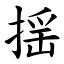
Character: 揺